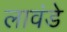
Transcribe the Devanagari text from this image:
लावंडे